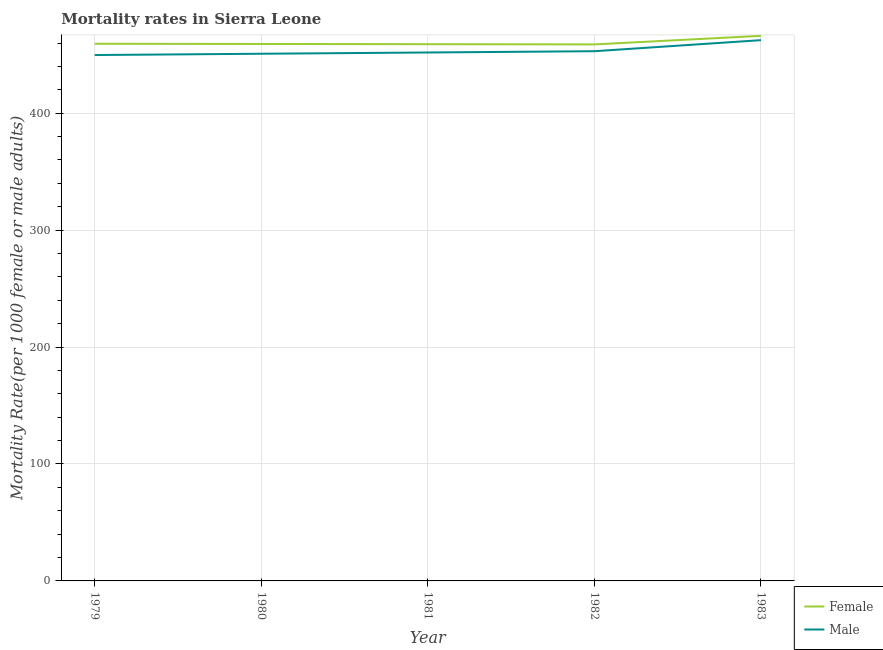
| Year | Female | Male |
 | --- | --- | --- |
 | 1979 | 459 | 450 |
 | 1980 | 459 | 451 |
 | 1981 | 459 | 452 |
 | 1982 | 459 | 453 |
 | 1983 | 466 | 462 |